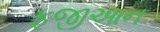
ફૂજીઆન